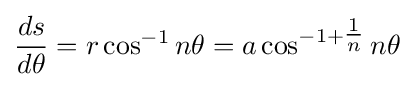
{\frac {ds}{d\theta }}=r\cos ^{-1}n\theta =a\cos ^{-1+{\tfrac {1}{n}}}n\theta